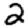
Digit: 2